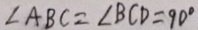
\angle A B C = \angle B C D = 9 0 ^ { \circ }